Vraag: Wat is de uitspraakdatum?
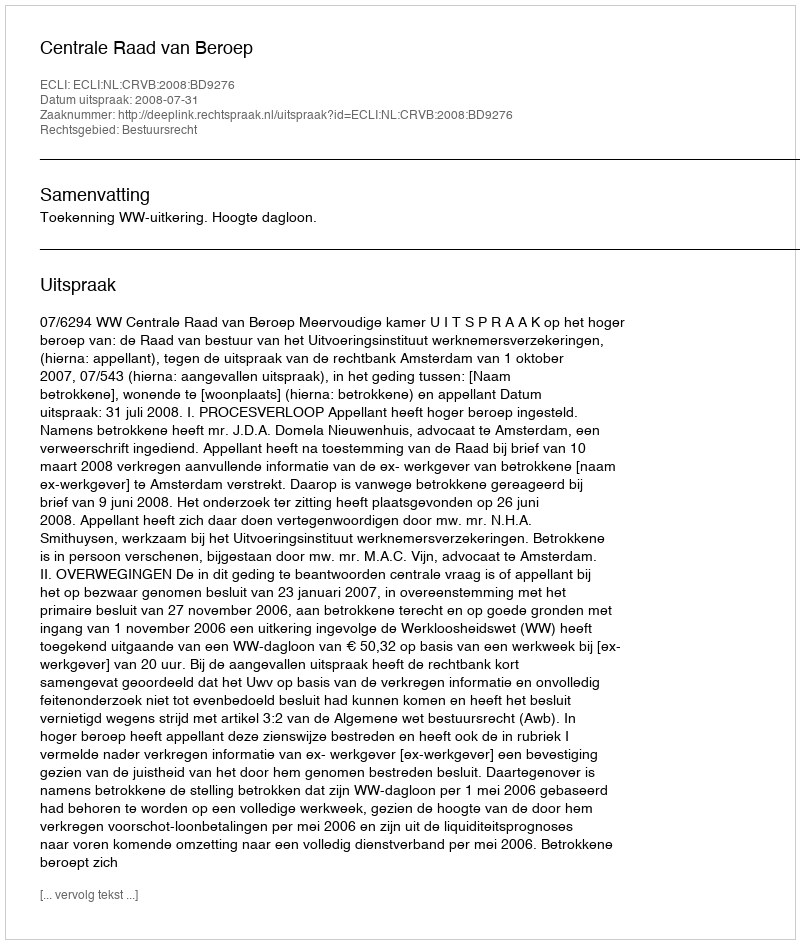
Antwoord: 2008-07-31